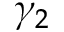
\gamma _ { 2 }